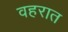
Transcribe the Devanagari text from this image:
वहरात